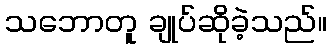
သဘောတူ ချုပ်ဆိုခဲ့သည်။